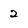
Character: 2